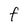
Character: f